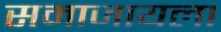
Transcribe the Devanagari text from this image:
समाजायला